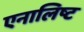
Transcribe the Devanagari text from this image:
एनालिष्ट